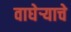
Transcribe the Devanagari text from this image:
वाघेऱ्याचे